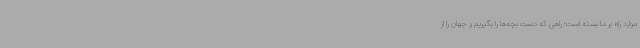
موارد راه بر ما بسته است؛ راهی که دست بچه‌ها را بگیریم و جهان را از